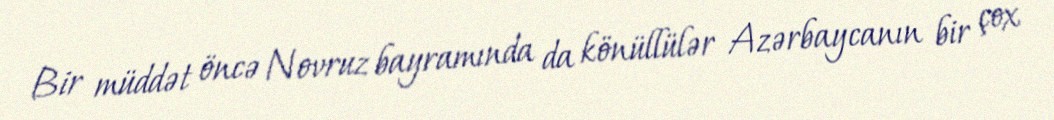
Bir müddət öncə Novruz bayramında da könüllülər Azərbaycanın bir çox